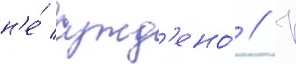
н'е́ сужд'ено́ // К